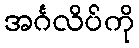
အင်္ဂလိပ်ကို